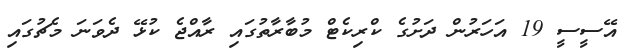
އޭސީސީ 19 އަހަރުން ދަށުގެ ކްރިކެޓް މުބާރާތުގައި ރާއްޖެ ކުޅޭ ދެވަނަ މެޗުގައި